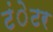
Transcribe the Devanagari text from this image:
टंेटर